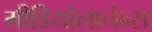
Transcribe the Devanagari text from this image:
मीडियोलानेन्स